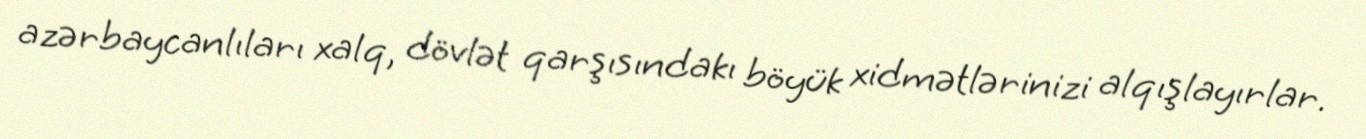
azərbaycanlıları xalq, dövlət qarşısındakı böyük xidmətlərinizi alqışlayırlar.